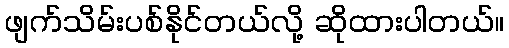
ဖျက်သိမ်းပစ်နိုင်တယ်လို့ ဆိုထားပါတယ်။